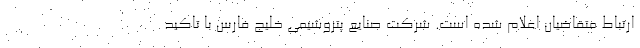
ارتباط متقاضیان اعلام شده است. شرکت صنایع پتروشیمی خلیج فارس با تاکید